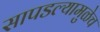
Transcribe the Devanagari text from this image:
सापडल्यामुळेच